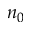
n _ { 0 }